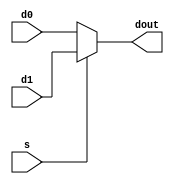
module mux2x1_4b(
    input s,
    input [3:0] d0,
    input [3:0] d1,
    output [3:0] dout
    );   
    assign dout = (s == 1'b0) ? d0 : d1;
endmodule